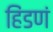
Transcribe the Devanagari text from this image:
हिंडणं